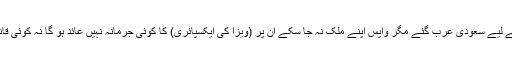
’اسی طرح جو لوگ وزٹ ویزا یا عمرہ کے لیے سعودی عرب گئے مگر واپس اپنے ملک نہ جا سکے ان پر (ویزا کی ایکسپائری) کا کوئی جرمانہ نہیں عائد ہو گا نہ کوئی قانونی کاروائی ان کے خلاف کی جائے گی۔